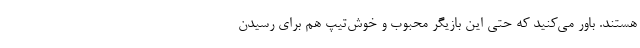
هستند. باور می‌کنید که حتی این بازیگر محبوب و خوش‌تیپ هم برای رسیدن